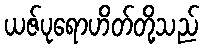
ယဇ်ပုရောဟိတ်တို့သည်